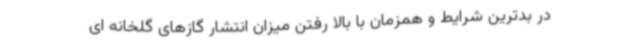
در بدترین شرایط و همزمان با بالا رفتن میزان انتشار گازهای گلخانه ای